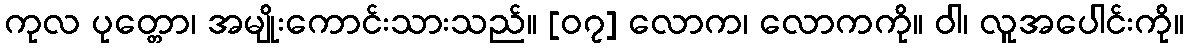
ကုလ ပုတ္တော၊ အမျိုးကောင်းသားသည်။ [၀၇] လောက၊ လောကကို။ ဝါ၊ လူအပေါင်းကို။